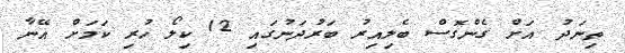
ތިނަދު އަށް ގެންގޮސް ބެލިއިރު ބަރުދަނުގައި 12 ކިލޯ ހުރި ކަމަށް އޭނާ